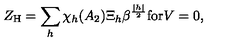
Z _ { \mathrm { H } } = \sum _ { h } \chi _ { h } ( A _ { 2 } ) \Xi _ { h } \beta ^ { { \frac { | h | } { 2 } } } \mathrm { f o r } V = 0 ,